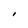
Character: I